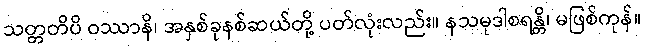
သတ္တတိပိ ဝဿာနိ၊ အနှစ်ခုနစ်ဆယ်တို့ ပတ်လုံးလည်း။ နသမုဒါစရန္တိ၊ မဖြစ်ကုန်။